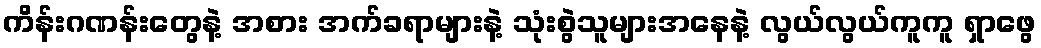
ကိန်းဂဏန်းတွေနဲ့ အစား အက်ခရာများနဲ့ သုံးစွဲသူများအနေနဲ့ လွယ်လွယ်ကူကူ ရှာဖွေ